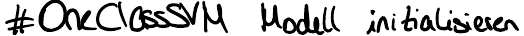
#OneClassSVM Modell initialisieren